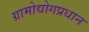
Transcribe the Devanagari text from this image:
ग्रामोद्योगप्रधान